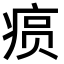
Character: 𤶧